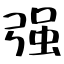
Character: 强